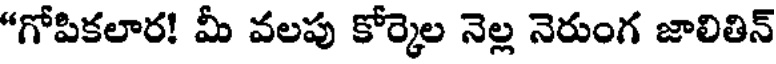
"గోపికలార! మీ వలపు కోర్కెల నెల్ల నెరుంగ జాలితిన్